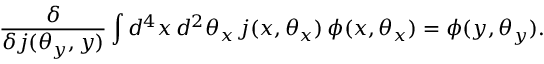
\frac { \delta } { \delta j ( \theta _ { y } , y ) } \int d ^ { 4 } x \, d ^ { 2 } \theta _ { x } \, j ( x , \theta _ { x } ) \, \phi ( x , \theta _ { x } ) = \phi ( y , \theta _ { y } ) .